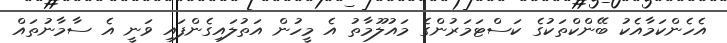
އެހެންކަމާއެކު ބޭންކްތަކުގެ ކަސްޓަމަރުންގެ މައުލޫމާތު އެ މީހުން އަތުލައިގެންފައި ވަނީ އެ ސާމާނުތައް